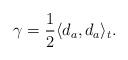
LaTeX: \begin{align*}\gamma=\frac{1}{2}\langle d_a, d_a\rangle_t.\end{align*}